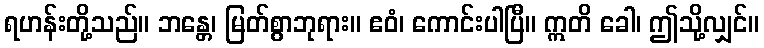
ရဟန်းတို့သည်။ ဘန္တေ၊ မြတ်စွာဘုရား။ ဧဝံ၊ ကောင်းပါပြီ။ ဣတိ ခေါ၊ ဤသို့လျှင်။